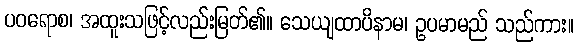
ပဝရောစ၊ အထူးသဖြင့်လည်းမြတ်၏။ သေယျထာပိနာမ၊ ဥပမာမည် သည်ကား။